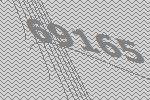
69165